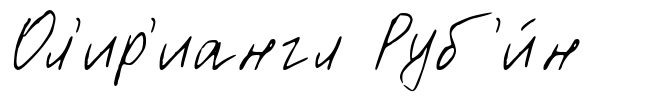
Ол'ир'иангл Руб'и́н